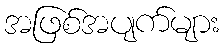
အဖြစ်အပျက်များ